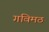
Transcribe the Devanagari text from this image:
गविमठ